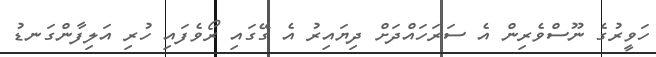
ހަވީރުގެ ނޫސްވެރިން އެ ސަރަހައްދަށް ދިޔައިރު އެ ގޭގައި ރޯވެފައި ހުރި އަލިފާންގަނޑު